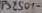
Text: PS2501